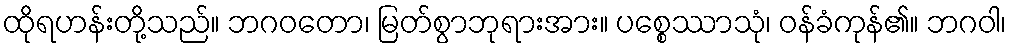
ထိုရဟန်းတို့သည်။ ဘဂဝတော၊ မြတ်စွာဘုရားအား။ ပစ္စေဿာသုံ၊ ဝန်ခံကုန်၏။ ဘဂဝါ၊